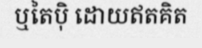
ឬតៃប៉ិ ដោយឥតគិត